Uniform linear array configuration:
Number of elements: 4
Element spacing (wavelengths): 0.25
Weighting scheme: exponential
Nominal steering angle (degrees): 15
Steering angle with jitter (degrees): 14.226
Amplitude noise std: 0.05
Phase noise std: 0.05

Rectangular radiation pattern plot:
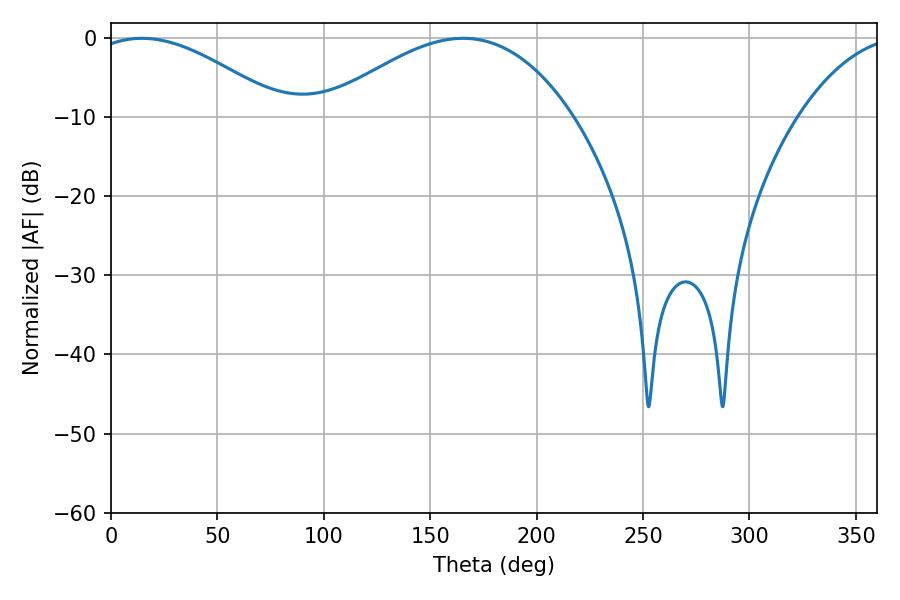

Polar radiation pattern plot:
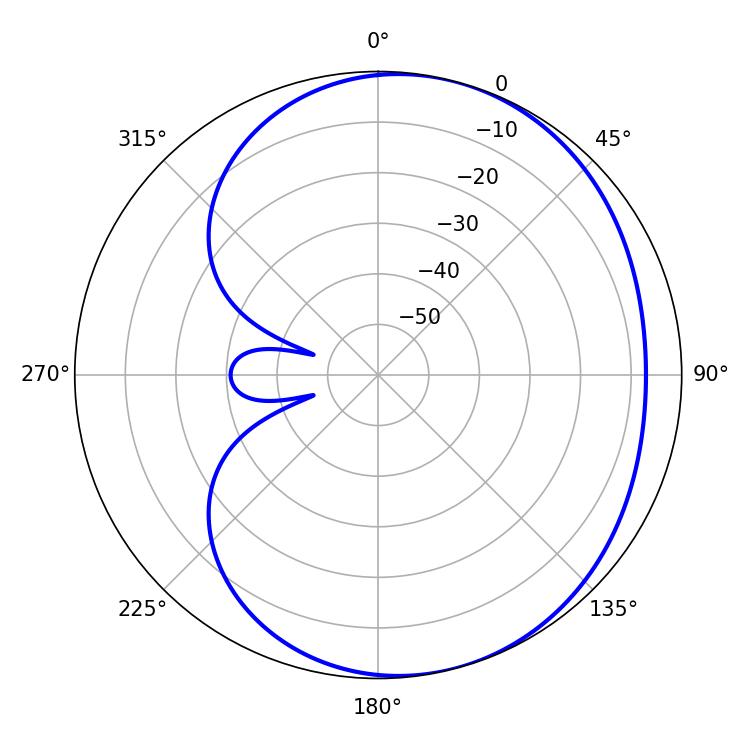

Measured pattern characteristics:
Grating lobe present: FALSE
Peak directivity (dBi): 4.167
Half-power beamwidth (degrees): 49.5
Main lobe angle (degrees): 14.58